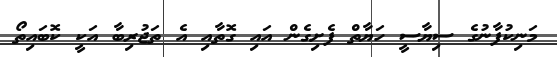
މަނިކުފާނުގެ ސިޔާސީ ހަޔާތް ފެށިގެން އައި ގޮތާއި އެ ތަޖުރިބާ އަކީ ކޮބައިތޯ